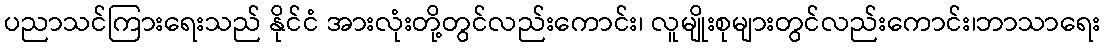
ပညာသင်ကြားရေးသည် နိုင်ငံ အားလုံးတို့တွင်လည်းကောင်း၊ လူမျိုးစုများတွင်လည်းကောင်း၊ဘာသာရေး